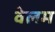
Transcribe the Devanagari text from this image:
वेलम